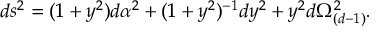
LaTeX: d s ^ { 2 } = ( 1 + y ^ { 2 } ) d \alpha ^ { 2 } + ( 1 + y ^ { 2 } ) ^ { - 1 } d y ^ { 2 } + y ^ { 2 } d \Omega _ { ( d - 1 ) } ^ { 2 } .